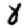
Digit: 8